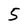
Character: 5